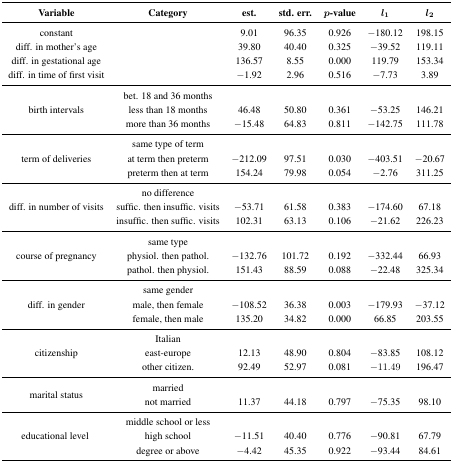
<table><thead><tr><td><b>Variable</b></td><td><b>Category</b></td><td><b>est.</b></td><td><b>std. err.</b></td><td><b><i>p</i>-value</b></td><td><b><i>l</i><sub>1</sub></b></td><td><b><i>l</i><sub>2</sub></b></td></tr></thead><tbody><tr><td>constant</td><td></td><td>9.01</td><td>96.35</td><td>0.926</td><td>−180.12</td><td>198.15</td></tr><tr><td>diff. in mother’s age</td><td></td><td>39.80</td><td>40.40</td><td>0.325</td><td>−39.52</td><td>119.11</td></tr><tr><td>diff. in gestational age</td><td></td><td>136.57</td><td>8.55</td><td>0.000</td><td>119.79</td><td>153.34</td></tr><tr><td>diff. in time of first visit</td><td></td><td>−1.92</td><td>2.96</td><td>0.516</td><td>−7.73</td><td>3.89</td></tr><tr><td rowspan="3">birth intervals</td><td>bet. 18 and 36 months</td><td></td><td></td><td></td><td></td><td></td></tr><tr><td>less than 18 months</td><td>46.48</td><td>50.80</td><td>0.361</td><td>−53.25</td><td>146.21</td></tr><tr><td>more than 36 months</td><td>−15.48</td><td>64.83</td><td>0.811</td><td>−142.75</td><td>111.78</td></tr><tr><td rowspan="3">term of deliveries</td><td>same type of term</td><td></td><td></td><td></td><td></td><td></td></tr><tr><td>at term then preterm</td><td>−212.09</td><td>97.51</td><td>0.030</td><td>−403.51</td><td>−20.67</td></tr><tr><td>preterm then at term</td><td>154.24</td><td>79.98</td><td>0.054</td><td>−2.76</td><td>311.25</td></tr><tr><td rowspan="3">diff. in number of visits</td><td>no difference</td><td></td><td></td><td></td><td></td><td></td></tr><tr><td>suffic. then insuffic. visits</td><td>−53.71</td><td>61.58</td><td>0.383</td><td>−174.60</td><td>67.18</td></tr><tr><td>insuffic. then suffic. visits</td><td>102.31</td><td>63.13</td><td>0.106</td><td>−21.62</td><td>226.23</td></tr><tr><td rowspan="3">course of pregnancy</td><td>same type</td><td></td><td></td><td></td><td></td><td></td></tr><tr><td>physiol. then pathol.</td><td>−132.76</td><td>101.72</td><td>0.192</td><td>−332.44</td><td>66.93</td></tr><tr><td>pathol. then physiol.</td><td>151.43</td><td>88.59</td><td>0.088</td><td>−22.48</td><td>325.34</td></tr><tr><td rowspan="3">diff. in gender</td><td>same gender</td><td></td><td></td><td></td><td></td><td></td></tr><tr><td>male, then female</td><td>−108.52</td><td>36.38</td><td>0.003</td><td>−179.93</td><td>−37.12</td></tr><tr><td>female, then male</td><td>135.20</td><td>34.82</td><td>0.000</td><td>66.85</td><td>203.55</td></tr><tr><td rowspan="3">citizenship</td><td>Italian</td><td></td><td></td><td></td><td></td><td></td></tr><tr><td>east-europe</td><td>12.13</td><td>48.90</td><td>0.804</td><td>−83.85</td><td>108.12</td></tr><tr><td>other citizen.</td><td>92.49</td><td>52.97</td><td>0.081</td><td>−11.49</td><td>196.47</td></tr><tr><td rowspan="2">marital status</td><td>married</td><td></td><td></td><td></td><td></td><td></td></tr><tr><td>not married</td><td>11.37</td><td>44.18</td><td>0.797</td><td>−75.35</td><td>98.10</td></tr><tr><td rowspan="3">educational level</td><td>middle school or less</td><td></td><td></td><td></td><td></td><td></td></tr><tr><td>high school</td><td>−11.51</td><td>40.40</td><td>0.776</td><td>−90.81</td><td>67.79</td></tr><tr><td>degree or above</td><td>−4.42</td><td>45.35</td><td>0.922</td><td>−93.44</td><td>84.61</td></tr></tbody></table>